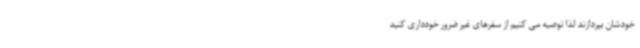
خودشان بپردازند لذا توصیه می کنیم از سفرهای غیر ضرور خودداری کنید